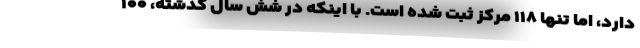
دارد، اما تنها ۱۱۸ مرکز ثبت شده است. با اینکه در شش سال گذشته، ۱۰۰